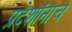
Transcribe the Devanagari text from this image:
प्रदेशांनाच